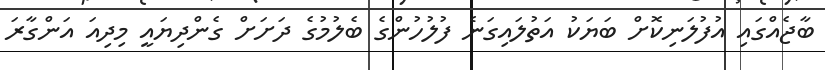
ބާޖެއްގައި އުފުލަނިކޮށް ބަޔަކު އަތުލައިގަނެ ފުލުހުންގެ ބެލުމުގެ ދަށަށް ގެންދިޔައީ މިދިއަ އަންގާރަ